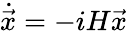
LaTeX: \dot{\vec{x}}=-iH\vec{x}